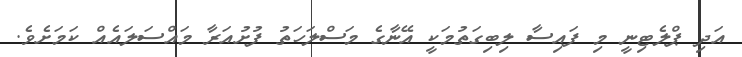
އަދި ޕްލެޓިނީ މި ފައިސާ ލިބިގަތުމަކީ އޭނާގެ މަސްލަހަތު ފުށުއަރާ މައްސަލައެއް ކަމަށެވެ.